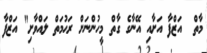
މާތް  އަޒްފާ އަށާއި އޭނާގެ ގާތް މީހުންނަށް ރަޙުމަތް ލައްވާށި" އަޒްފާ